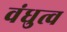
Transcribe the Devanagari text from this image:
वंधुत्व